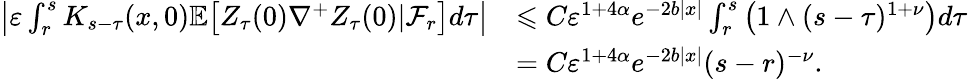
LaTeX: \begin{array}{rl}{\left|\varepsilon\int_{r}^{s}K_{s-\tau}(x,0)\mathbb{E}\big[Z_{\tau}(0)\nabla^{+}Z_{\tau}(0)|\mathcal F_{r}\big]d\tau\right|}&{\leqslant C\varepsilon^{1+4\alpha}e^{-2b|x|}\int_{r}^{s}\left(1\wedge(s-\tau)^{1+\nu}\right)d\tau}\\ &{=C\varepsilon^{1+4\alpha}e^{-2b|x|}(s-r)^{-\nu}.}\end{array}